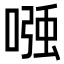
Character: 𭉹